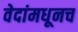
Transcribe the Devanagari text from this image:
वेदांमधूनच